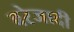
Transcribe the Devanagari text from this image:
बरेजादी